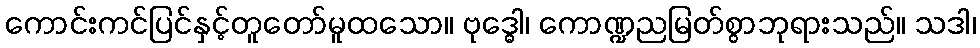
ကောင်းကင်ပြင်နှင့်တူတော်မူထသော။ ဗုဒ္ဓေါ၊ ကောဏ္ဍညမြတ်စွာဘုရားသည်။ သဒါ၊